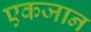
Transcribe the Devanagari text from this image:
एकजान